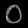
Digit: ၀